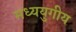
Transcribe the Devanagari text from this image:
मध्ययुगीय